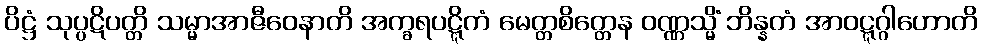
ပိဋ္ဌံ သုပ္ပဋိပတ္တိ သမ္မာအာဇီဝေနာတိ အက္ခရပဋ္ဋိကံ မေတ္တစိတ္တေန ဝဏ္ဏသ္မိံ ဘိန္နတံ အာဝဋ္ဋဂ္ဂါဟောတိ